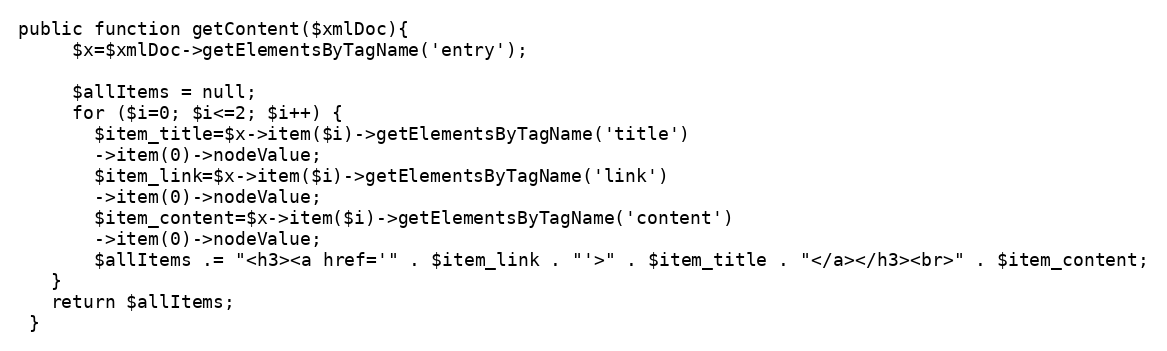
Language: PHP
public function getContent($xmlDoc){
     $x=$xmlDoc->getElementsByTagName('entry');

     $allItems = null;
     for ($i=0; $i<=2; $i++) {
       $item_title=$x->item($i)->getElementsByTagName('title')
       ->item(0)->nodeValue;
       $item_link=$x->item($i)->getElementsByTagName('link')
       ->item(0)->nodeValue;
       $item_content=$x->item($i)->getElementsByTagName('content')
       ->item(0)->nodeValue;
       $allItems .= "<h3><a href='" . $item_link . "'>" . $item_title . "</a></h3><br>" . $item_content;
   }
   return $allItems;
 }